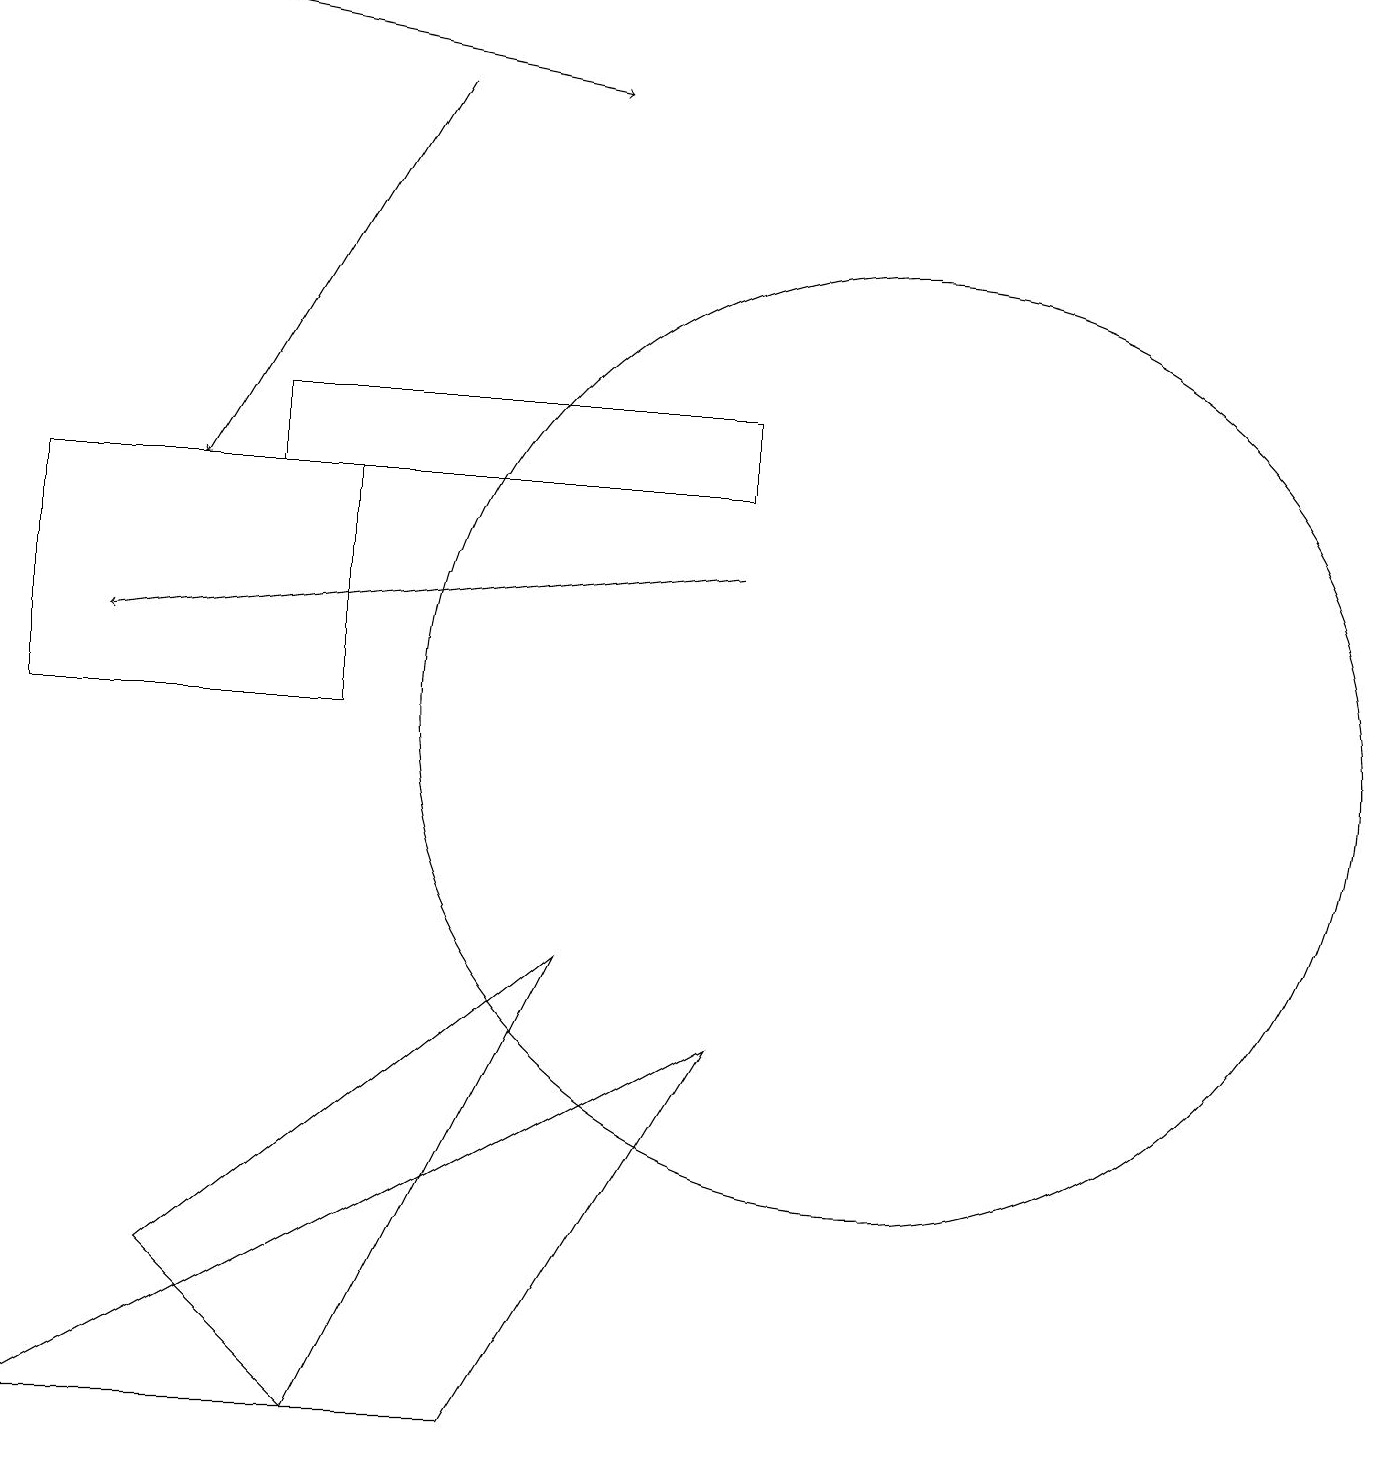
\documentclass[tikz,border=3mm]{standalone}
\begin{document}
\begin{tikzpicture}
\draw (3,13) rectangle (9,14);
\draw[->] (5,18) -- (2,13);
\draw (2,3) -- (7,7) -- (4,1) -- cycle;
\draw[->] (2,19) -- (7,18);
\draw (4,13) rectangle (0,10);
\draw (11,10) circle (6);
\draw[->] (9,12) -- (1,11);
\draw (6,1) -- (0,1) -- (9,6) -- cycle;
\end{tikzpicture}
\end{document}